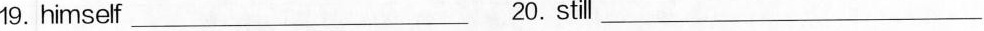
19.himself_ 20.still_